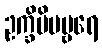
ဥက္ခိပိမမ္ဗရေ